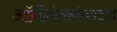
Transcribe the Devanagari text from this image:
ऑर्गैनोक्लोराइड